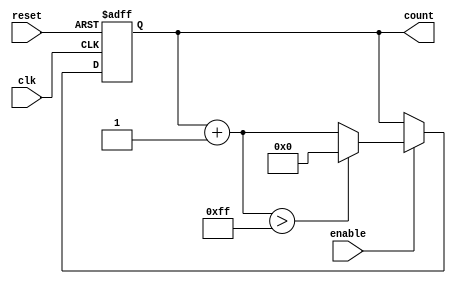
module parameterized_counter #(
    parameter MIN_VALUE = 0,
    parameter MAX_VALUE = 255,
    parameter STEP_SIZE = 1
)(
    input wire clk,
    input wire reset,
    input wire enable,
    output reg [31:0] count
);

    // Ensure that the parameters are logically consistent
    initial begin
        if (MIN_VALUE >= MAX_VALUE) begin
            $error("MIN_VALUE must be less than MAX_VALUE");
            $finish;
        end
        if (STEP_SIZE <= 0) begin
            $error("STEP_SIZE must be greater than 0");
            $finish;
        end
    end

    // Asynchronous reset and counting logic
    always @(posedge clk or posedge reset) begin
        if (reset) begin
            count <= MIN_VALUE; // Initialize to MIN_VALUE on reset
        end else if (enable) begin
            // Increment the counter by STEP_SIZE
            if (count + STEP_SIZE > MAX_VALUE) begin
                count <= MIN_VALUE; // Wrap around to MIN_VALUE
            end else begin
                count <= count + STEP_SIZE; // Increment the counter
            end
        end
    end

endmodule